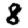
Digit: 8